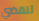
لتقضي